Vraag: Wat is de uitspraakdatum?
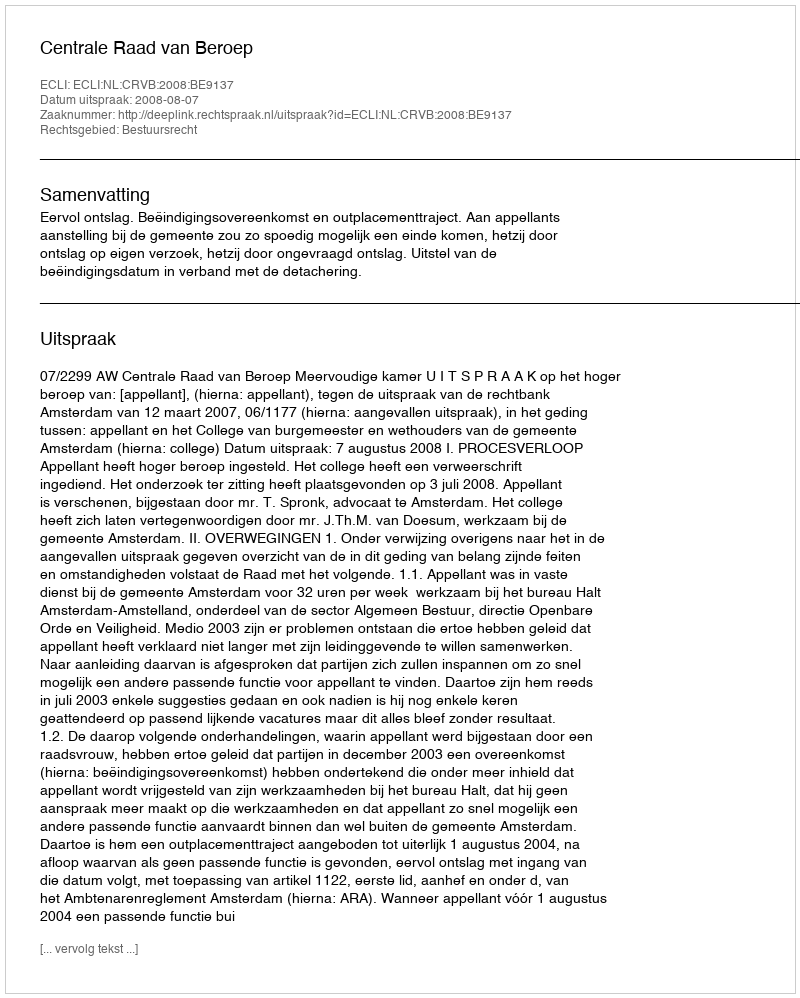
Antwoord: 2008-08-07